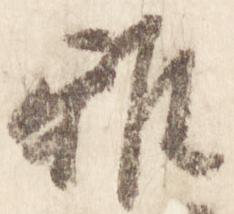
雅